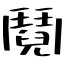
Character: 鬩